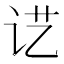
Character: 𰵖